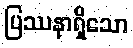
ပြဿနာရှိသော